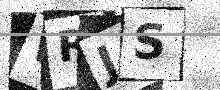
Text: WRJS